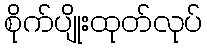
စိုက်ပျိုးထုတ်လုပ်